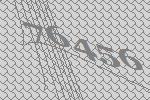
76456